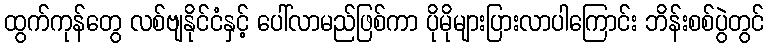
ထွက်ကုန်တွေ လစ်ဗျနိုင်ငံနှင့် ပေါ်လာမည်ဖြစ်ကာ ပိုမိုများပြားလာပါကြောင်း ဘိန်းစစ်ပွဲတွင်